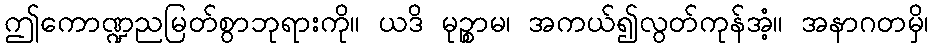
ဤကောဏ္ဍညမြတ်စွာဘုရားကို။ ယဒိ မုဉ္စာမ၊ အကယ်၍လွတ်ကုန်အံ့။ အနာဂတမှိ၊